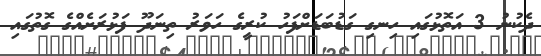
ދެކުނު 3 އަތޮޅުގައި ހިނގި ގަޑުބަޑަށްފަހު ކުރީގެ ހަވަރު ތިނަދޫ ފަޅުރަށެއްގެ ގޮތުގައި